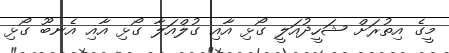
މީގެ އިތުރަށް ޝަހީދުއަލީ ގޯޅި އާއި ގުލްއަލާ ގޯޅި އާއި އެނބޫ ގޯޅި